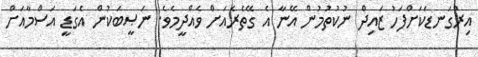
އިރުގަނޑަކަށްފަހު ޒައިދް ނުކުތުމުން އޭނާ އެ ގޭތެރެއަށް ވެއްދީމެވެ. ނަޞީބަކުން އެގަޑީ އަސްމާއަށް